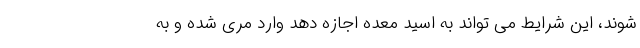
شوند، این شرایط می تواند به اسید معده اجازه دهد وارد مری شده و به